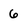
Character: 6